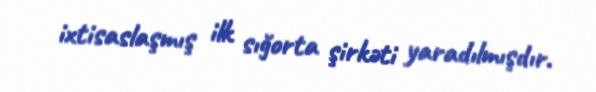
ixtisaslaşmış ilk sığorta şirkəti yaradılmışdır.